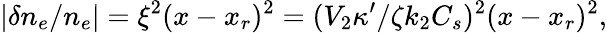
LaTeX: |\delta n_{e}/n_{e}|=\xi^{2}(x-x_{r})^{2}=(V_{2}\kappa^{\prime}/\zeta k_{2}C_{s})^{2}(x-x_{r})^{2},